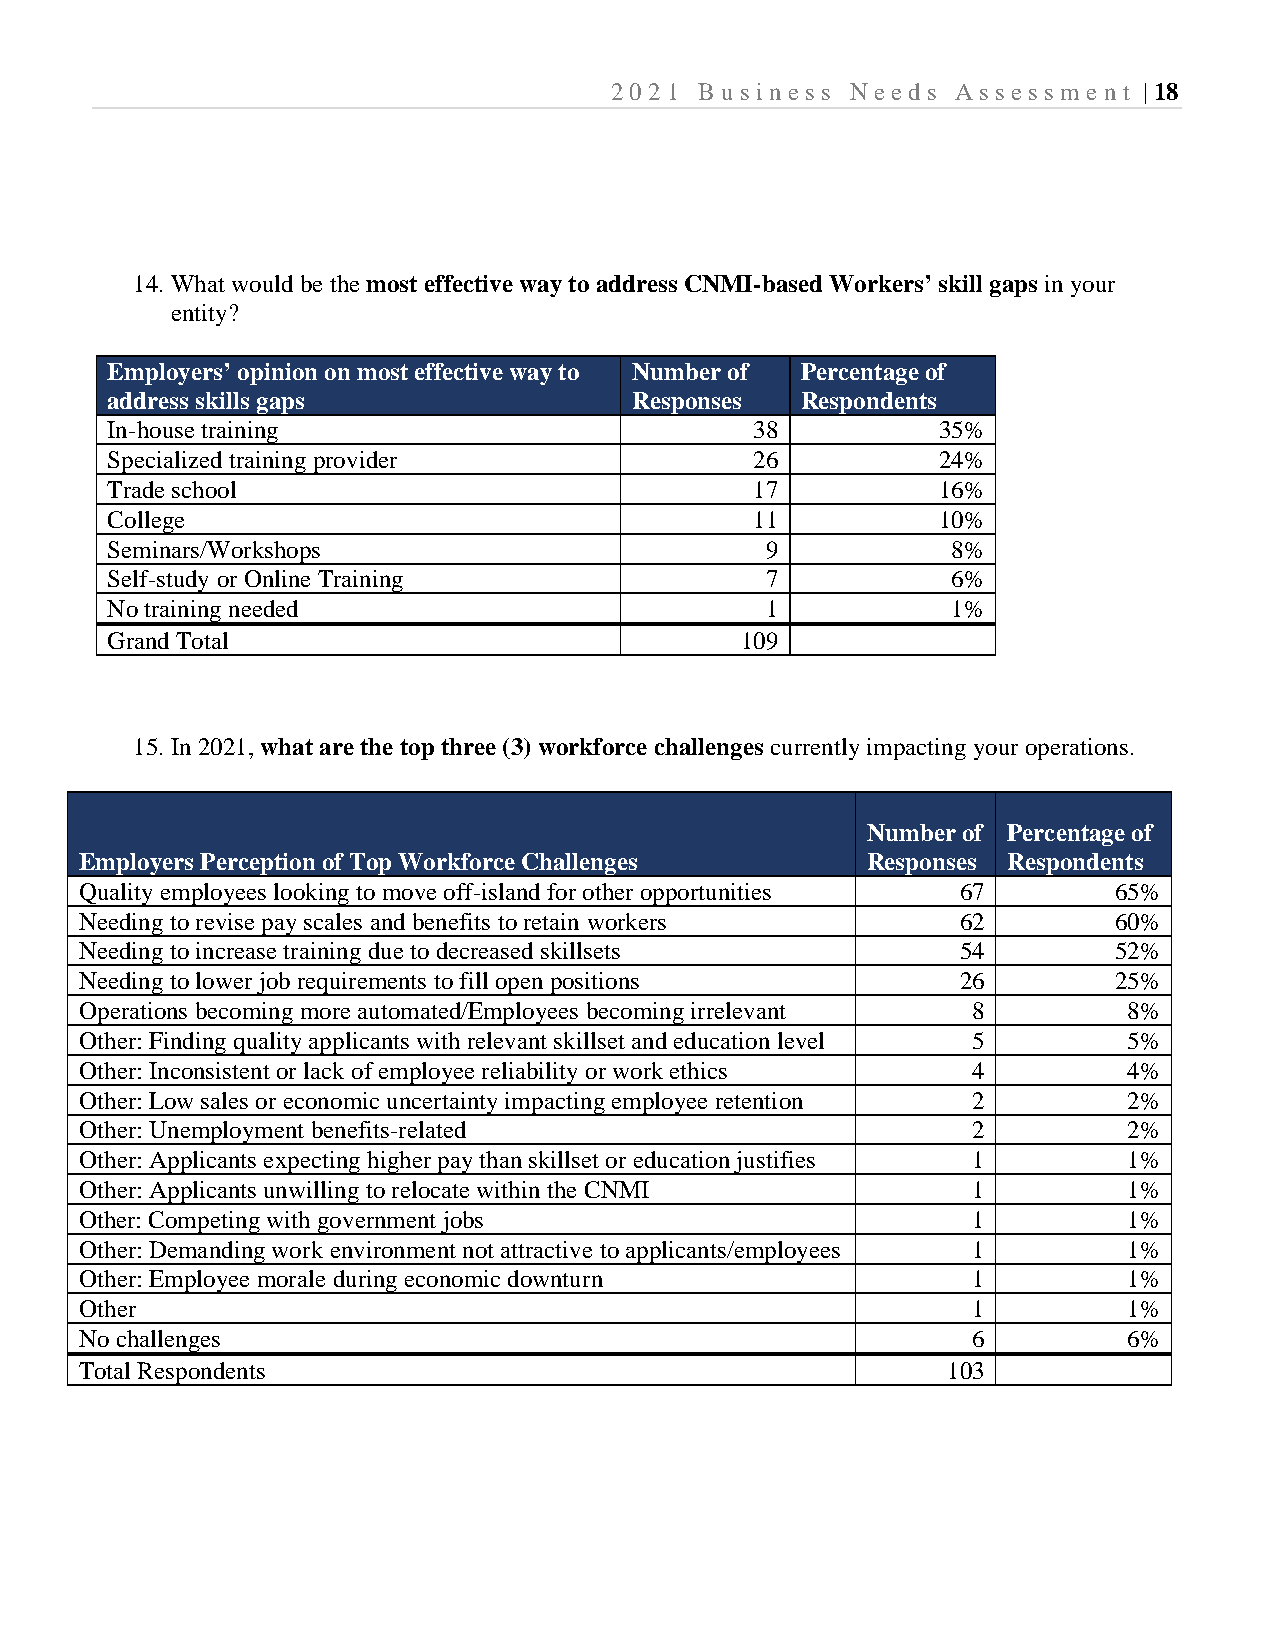
2021  B usi ness Needs Assessm  e nt | 18
 14. What would be the most effective way to address CNMI-based Workers’ skill gaps in your
 entity?
 Employers’ opinion on most effective way to Number of Percentage of
 address skills gaps                Responses  Respondents
 In-house training                          38          35%
 Specialized training provider              26          24%
 Trade school                               17          16%
 College                                    11          10%
 Seminars/Workshops                          9           8%
 Self-study or Online Training               7           6%
 No training needed                          1           1%
 Grand Total                               109
 15. In 2021, what are the top three (3) workforce challenges currently impacting your operations.
 Number of Percentage of
 Employers Perception of Top Workforce Challenges    Responses Respondents
 Quality employees looking to move off-island for other opportunities 67 65%
 Needing to revise pay scales and benefits to retain workers 62       60%
 Needing to increase training due to decreased skillsets    54        52%
 Needing to lower job requirements to fill open positions   26        25%
 Operations becoming more automated/Employees becoming irrelevant 8    8%
 Other: Finding quality applicants with relevant skillset and education level 5 5%
 Other: Inconsistent or lack of employee reliability or work ethics 4  4%
 Other: Low sales or economic uncertainty impacting employee retention 2 2%
 Other: Unemployment benefits-related                       2          2%
 Other: Applicants expecting higher pay than skillset or education justifies 1 1%
 Other: Applicants unwilling to relocate within the CNMI    1          1%
 Other: Competing with government jobs                      1          1%
 Other: Demanding work environment not attractive to applicants/employees 1 1%
 Other: Employee morale during economic downturn            1          1%
 Other                                                      1          1%
 No challenges                                              6          6%
 Total Respondents                                         103